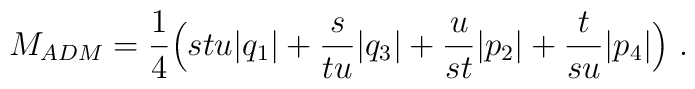
M_{ADM} = {1\over 4} \Bigl(stu|q_1|  +{s \over tu}|q_3| +{u \over st }|p_2| +{t \over su}|p_4|\Bigr) \ .